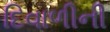
દિવાળીની